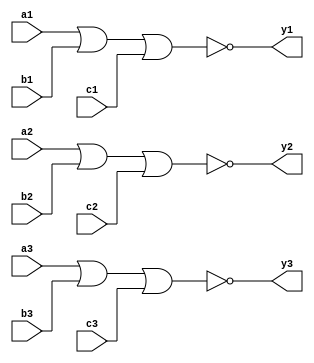
`timescale 1ns / 1ps
/////////////////////////////////////////////////////////////////
// Module Name: tri_3_input_nor_gate
// Description: Three 3-input NOR gate with DELAY configuration parameter
// Parameters: DELAY
/////////////////////////////////////////////////////////////////

module tri_3_input_nor_gate#(parameter DELAY = 10)(
    input wire a1,b1,c1,a2,b2,c2,a3,b3,c3,
    output wire y1,y2,y3
    );
    
    nor #DELAY (y1,a1,b1,c1);
    nor #DELAY (y2,a2,b2,c2);
    nor #DELAY (y3,a3,b3,c3);
    
endmodule